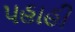
પહાહી